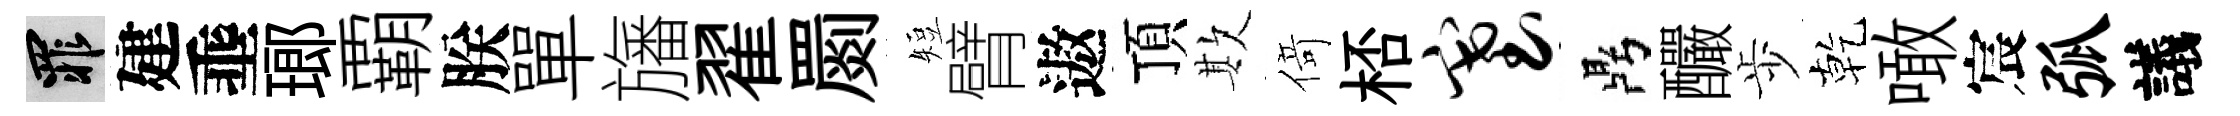
罪建埀瑯覇朕單旛翟罽短臂遨頂欺𠋣桮塞鼎釅歩乾噉宸弧議